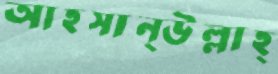
আহসান্উল্লাহ্